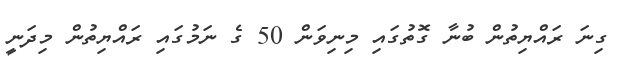
ގިނަ ރައްޔިތުން ބުނާ ގޮތުގައި މިނިވަން 50 ގެ ނަމުގައި ރައްޔިތުން މިދަނީ